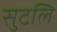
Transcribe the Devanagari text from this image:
सुटलि